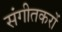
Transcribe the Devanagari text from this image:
संगीतकरों